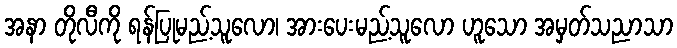
အနာ တိုလီကို ရန်ပြုမည့်သူလော၊ အားပေးမည့်သူလော ဟူသော အမှတ်သညာသာ